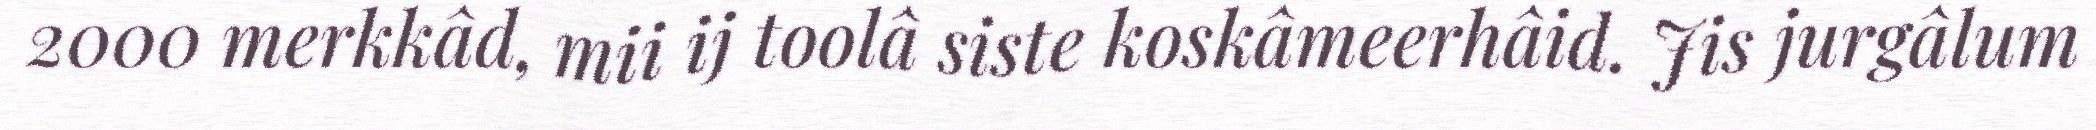
2000 merkkâd, mii ij toolâ siste koskâmeerhâid. Jis jurgâlum